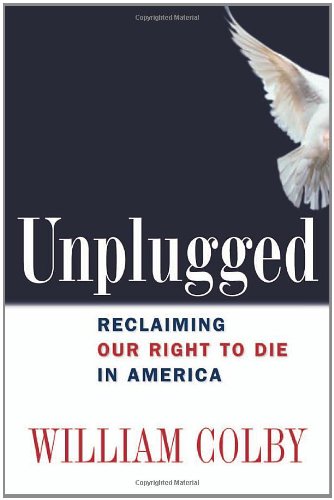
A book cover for Unplugged: Reclaiming Our Right to Die in America; William H. Colby; Law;